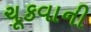
ચૂકવાની